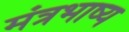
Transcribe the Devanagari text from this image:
मंत्रभाष्य